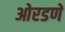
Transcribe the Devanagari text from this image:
ओरडणे